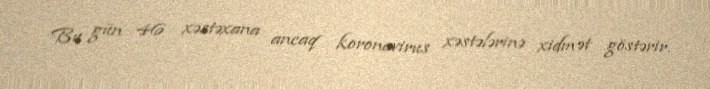
Bu gün 46 xəstəxana ancaq koronavirus xəstələrinə xidmət göstərir.